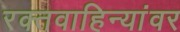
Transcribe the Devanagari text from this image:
रक्तवाहिन्यांवर